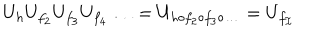
U _ { h } U _ { f _ { 2 } } U _ { f _ { 3 } } U _ { f _ { 4 } } \ldots = U _ { h \circ f _ { 2 } \circ f _ { 3 } \circ \ldots } = U _ { f _ { \cal I } }